Medical and sanitary report on the native army of Bombay for the year
Year: 1877
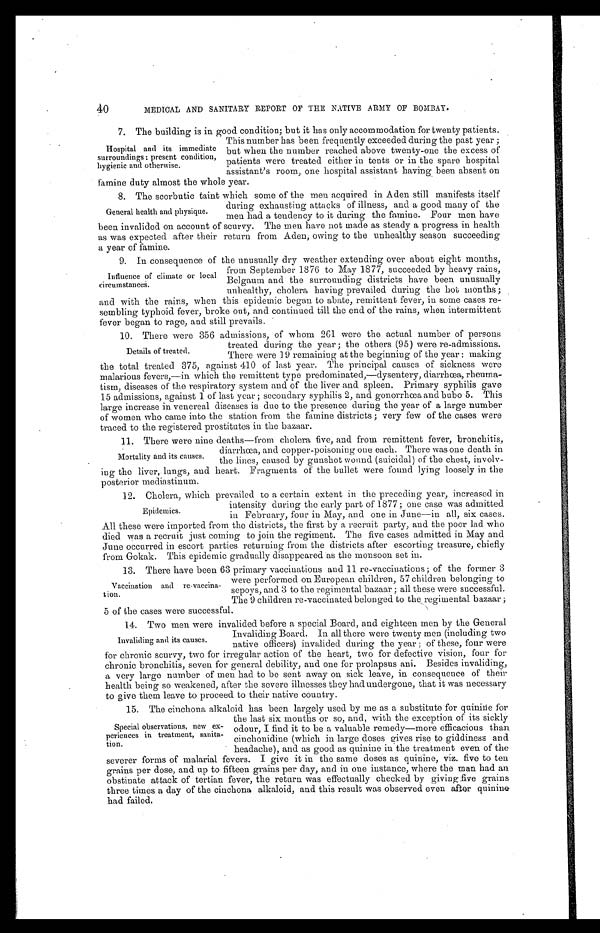
40
MEDICAL AND SANITARY REPORT OF THE NATIVE ARMY OF BOMBAY.
7. The building is in good condition; but it has only accommodation for twenty patients.
This number has been frequently exceeded during the past year;
but when the number reached above twenty-one the excess of
patients were treated either in tents or in the spare hospital
assistant's room, one hospital assistant having been absent on
famine duty almost the whole year.
8. The scorbutic taint which some of the men acquired in Aden still manifests itself
during exhausting attacks of illness, and a good many of the
men had a tendency to it during the famine. Four men have
been invalided on account of scurvy. The men have not made as steady a progress in health
as was expected after their return from. Aden, owing to the unhealthy season succeeding
a year of famine.
9. In consequence of the unusually dry weather extending over about eight months,
from September 1876 to May 1877, succeeded by heavy rains,
Belgaum and the surrounding districts have been unusually
unhealthy, cholera having prevailed during the hot months;
and with the rains, when this epidemic began to abate, remittent fever, in some cases re
-sembling typhoid fever, broke out, and continued till the end of the rains, when intermittent
fever began to rage, and still prevails.
10. There were 356 admissions, of whom 261 were the actual number of persons
treated during the year; the others (95) were re-admissions.
There were 19 remaining at the beginning of the year: making
the total treated 375, against 410 of last year. The principal causes of sickness were
malarious fevers,—in which the remittent type predominated,—dysentery, diarrhœa, rheuma
-tism, diseases of the respiratory system and of the liver and spleen. Primary syphilis gave
15 admissions, against 1 of last year; secondary syphilis 2, and gonorrhœa and bubo 5. This
large increase in venereal diseases is due to the presence during the year of a large number
of women who came into the station from the famine districts; very few of the cases were
traced to the registered prostitutes in the bazaar.
1 1 . T h e r e w e r e n i n e d e a t h s — f r o m c h o l e r a f i v e , a n d f r o m r e m i t t e n t f e v e r , b r o n c h i t i s ,
diarrhœa, and copper-poisoning one each. There was one death in
the lines, caused by gunshot wound (suicidal) of the chest, involv
-ing the liver, lungs, and heart. Fragments of the bullet were found lying loosely in the
p o s t e r i o r m e d i a s t i n u m .
12. Cholera, which prevailed to a certain extent in the preceding year, increased in
intensity during the early part of 1877; one case was admitted
in February, four in May, and one in June—in all, six cases.
All these were imported from the districts, the first by a recruit party, and the poor lad who
died was a recruit just coming to join the regiment. The five cases admitted in May and
June occurred in escort parties returning from the districts after escorting treasure, chiefly
from Gokak. This epidemic gradually disappeared as the monsoon set in.
13. There have been 63 primary vaccinations and 11 re-vaccinations; of the former 3
were performed on European children, 57 children belonging to
sepoys, and 3 to the regimental bazaar; all these were successful.
The 9 children re-vaccinated belonged to the regimental bazaar;
5 of the cases were successful.
14. Two men were invalided before a special Board, and eighteen men by the General
Invaliding Board. In all there were twenty men (including two
native officers) invalided during the year; of these, four were
for chronic scurvy, two for irregular action of the heart, two for defective vision, four for
chronic bronchitis, seven for general debility, and one for prolapsus ani. Besides invaliding,
a very large number of men had to be sent away on sick leave, in consequence of their
health being so weakened, after the severe illnesses they had undergone, that it was necessary
to give them leave to proceed to their native country.
15. The cinchona alkaloid has been largely used by me as a substitute for quinine for
the last six mouths or so, and, with the exception of its sickly
odour, I find it to be a valuable remedy—more efficacious than
cinchonidine (which in large doses gives rise to giddiness and
headache), and as good as quinine in the treatment even of the
severer forms of malarial fevers. I give it in the same doses as quinine, viz. five to ten
grains per dose, and up to fifteen grains per day, and in one instance, where the man had an
obstinate attack of tertian fever, the return was effectually checked by giving five grains
three times a day of the cinchona alkaloid, and this result was observed even after quinine
had failed.
Hospital and its immediate
surroundings: present condition,
hygienic and otherwise.
General health and physique.
Influence of climate or local
circumstances.
Details of treated.
Mortality and its causes.
Epidemics.
Vaccination and re-vaccina
-tion.
Invaliding and its causes.
Special observations, new ex
-periences in treatment, sanita
-tion.